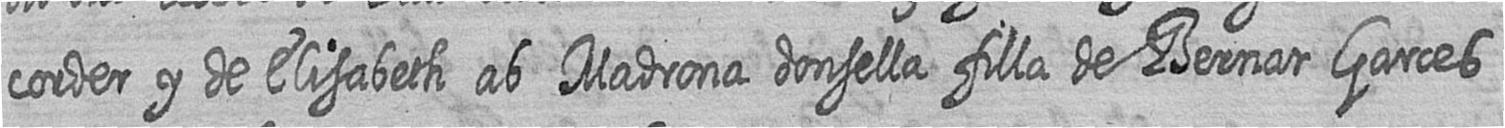
corder y de Elisabeth ab Madrona donsella filla de Bernat Garces